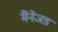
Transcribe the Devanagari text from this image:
मैंनेजड